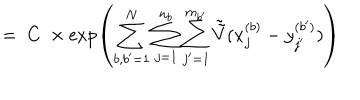
LaTeX: = \; C \; \times \exp \left( \sum _ { b , b ^ { \prime } = 1 } ^ { N } \sum _ { j = 1 } ^ { n _ { b } } \sum _ { j ^ { \prime } = 1 } ^ { m _ { b ^ { \prime } } } \tilde { \tilde { V } } ( x _ { j } ^ { ( b ) } - y _ { j ^ { \prime } } ^ { ( b ^ { \prime } ) } ) \right)